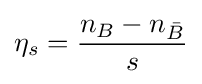
\eta _{s}={\frac {n_{B}-n_{\bar {B}}}{s}}